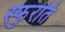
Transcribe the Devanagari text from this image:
स्फुरति